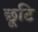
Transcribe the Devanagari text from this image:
छूटि